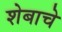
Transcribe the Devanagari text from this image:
शेबाचे